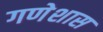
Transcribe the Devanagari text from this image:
गणेशास